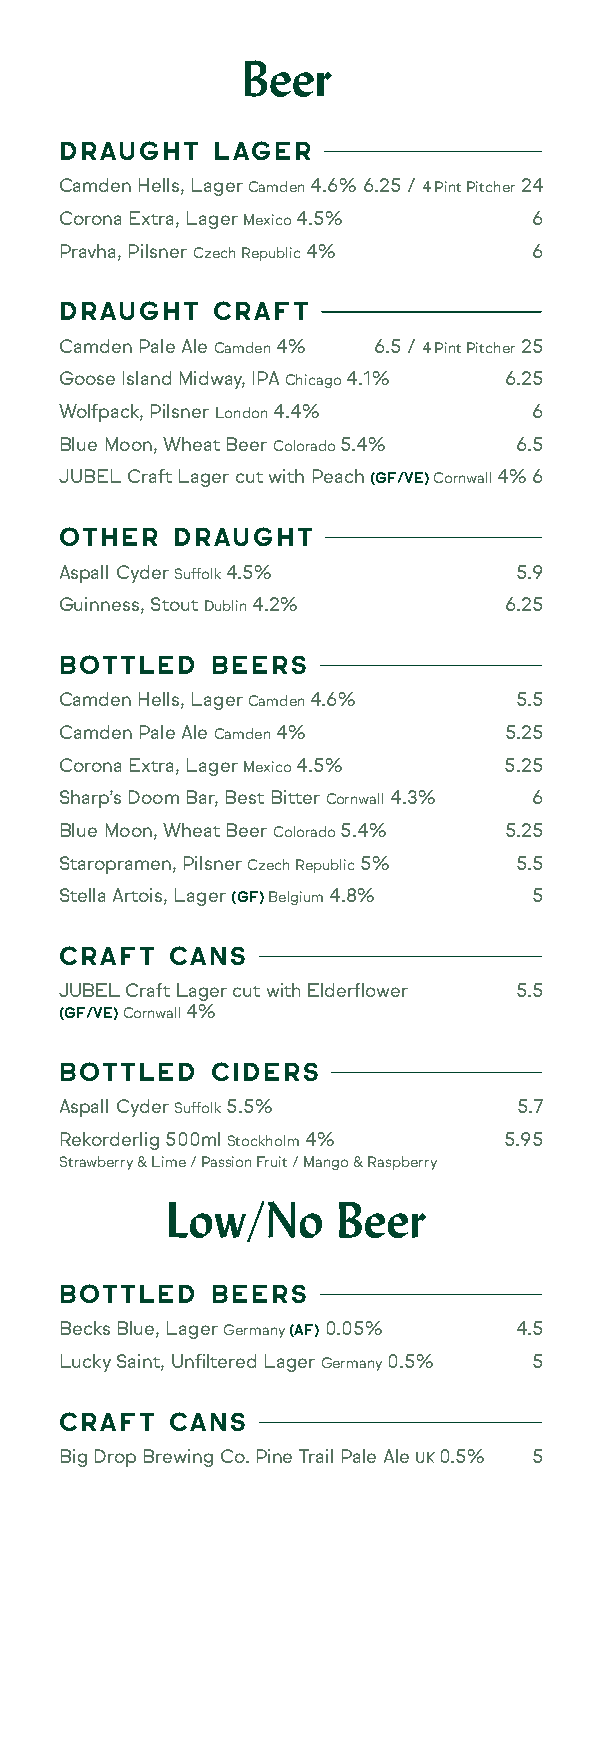
Beer
 DRAUGHT   LAGER
 Camden Hells, Lager Camden 4.6% 6.25 / 4 Pint Pitcher 24
 Corona Extra, Lager Mexico 4.5% 6
 Pravha, Pilsner Czech Republic 4% 6
 DRAUGHT   CRAFT
 Camden Pale Ale Camden 4% 6.5 / 4 Pint Pitcher 25
 Goose Island Midway, IPA Chicago 4.1% 6.25
 Wolfpack, Pilsner London 4.4%  6
 Blue Moon, Wheat Beer Colorado 5.4% 6.5
 JUBEL Craft Lager cut with Peach (GF/VE) Cornwall 4% 6
 OTHER  DRAUGHT
 Aspall Cyder Suffolk 4.5%     5.9
 Guinness, Stout Dublin 4.2%  6.25
 BOTTLED   BEERS
 Camden Hells, Lager Camden 4.6% 5.5
 Camden Pale Ale Camden 4%    5.25
 Corona Extra, Lager Mexico 4.5% 5.25
 Sharp’s Doom Bar, Best Bitter Cornwall 4.3% 6
 Blue Moon, Wheat Beer Colorado 5.4% 5.25
 Staropramen, Pilsner Czech Republic 5% 5.5
 Stella Artois, Lager (GF) Belgium 4.8% 5
 CRAFT  CANS
 JUBEL Craft Lager cut with Elderflower 5.5
 (GF/VE) Cornwall 4%
 BOTTLED   CIDERS
 Aspall Cyder Suffolk 5.5%     5.7
 Rekorderlig 500ml Stockholm 4% 5.95
 Strawberry & Lime / Passion Fruit / Mango & Raspberry
 Low/No     Beer
 BOTTLED   BEERS
 Becks Blue, Lager Germany (AF) 0.05% 4.5
 Lucky Saint, Unfiltered Lager Germany 0.5% 5
 CRAFT  CANS
 Big Drop Brewing Co. Pine Trail Pale Ale UK 0.5% 5